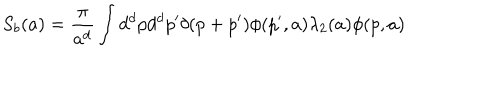
S _ { b } ( a ) = \frac { \pi } { a ^ { d } } \int d ^ { d } p d ^ { d } p ^ { \prime } \delta ( p + p ^ { \prime } ) \phi ( p ^ { \prime } , a ) \lambda _ { 2 } ( a ) \phi ( p , a )